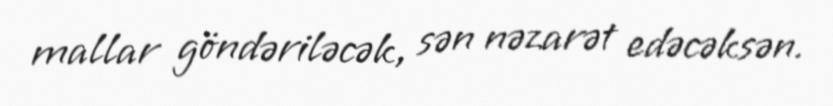
mallar göndəriləcək, sən nəzarət edəcəksən.